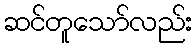
ဆင်တူသော်လည်း